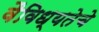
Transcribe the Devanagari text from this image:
वैविध्यतेचे